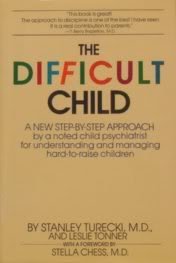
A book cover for The Difficult Child; Stanley Turecki; Parenting & Relationships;